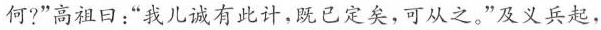
何？“高祖回：“我儿诚有此计，既已定矣，可从之。”及义兵起，